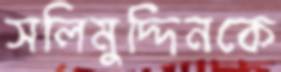
সলিমুদ্দিনকে